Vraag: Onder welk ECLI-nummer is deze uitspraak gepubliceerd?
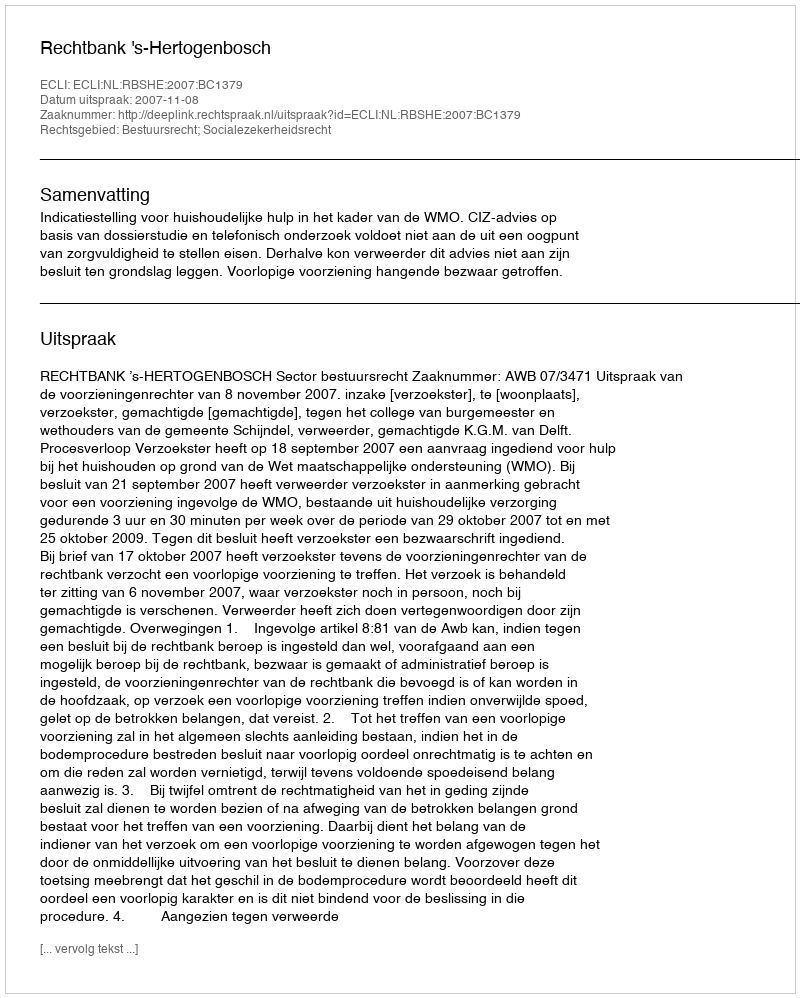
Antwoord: ECLI:NL:RBSHE:2007:BC1379